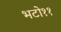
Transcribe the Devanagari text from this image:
भटो११